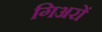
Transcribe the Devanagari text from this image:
गिअरों